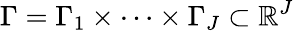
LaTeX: {\Gamma}={\Gamma}_{1}\times\dots\times{\Gamma}_{{J}}\subset\mathbb{R}^{J}